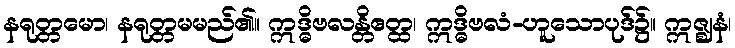
နရုတ္တမော၊ နရုတ္တမမည်၏။ ဣဒ္ဓိဗလန္တိဧတ္ထ၊ ဣဒ္ဓိဗလံ-ဟူသောပုဒ်၌။ ဣဇ္ဈနံ၊